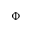
\Phi